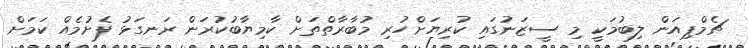
ޗެމްޕިއަން ލިބުމަކީ މި ސީޒަނުގައި ކުރިޔަށްހުރި މުބާރާތްތަށް ކާމިޔާބުކުރަން ރަނގަޅު ފެށުމެއް ކަމަށް